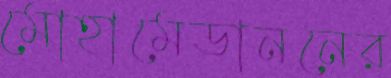
মোহামেডাননের